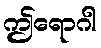
ဤရောဂါ